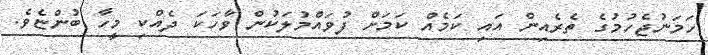
ހަމަނުޖެހުމުގެ ތެރެއިން އައި ކަމެއް ކަމަށް ފުވައްމުލަކުން ވާހަކަ ދެއްކި މީހާ ބުންޏެވެ.